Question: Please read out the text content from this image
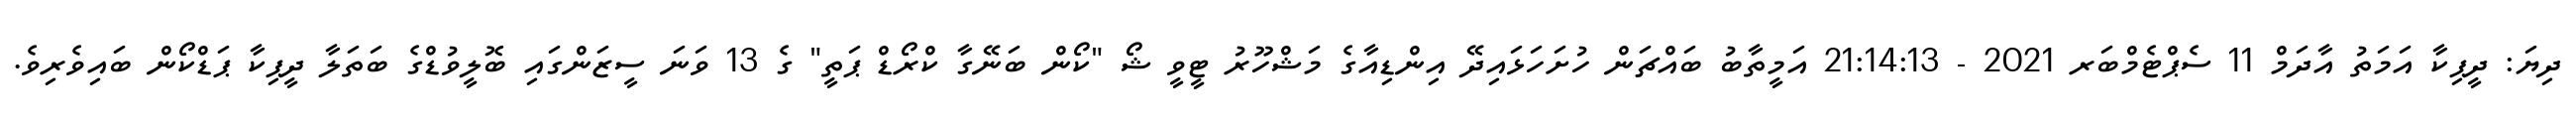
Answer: ދިޔަ: ދީޕިކާ އަމަތު އާދަމް 11 ސެޕްޓެމްބަރ 2021 - 21:14:13 އަމީތާބު ބައްޗަން ހުށަހަޅައިދޭ އިންޑިއާގެ މަޝްހޫރު ޓީވީ ޝޯ "ކޯން ބަނޭގާ ކްރޯޑް ޕަތީ" ގެ 13 ވަނަ ސީޒަންގައި ބޮލީވުޑްގެ ބަތަލާ ދީޕިކާ ޕަޑްކޯން ބައިވެރިވެ.